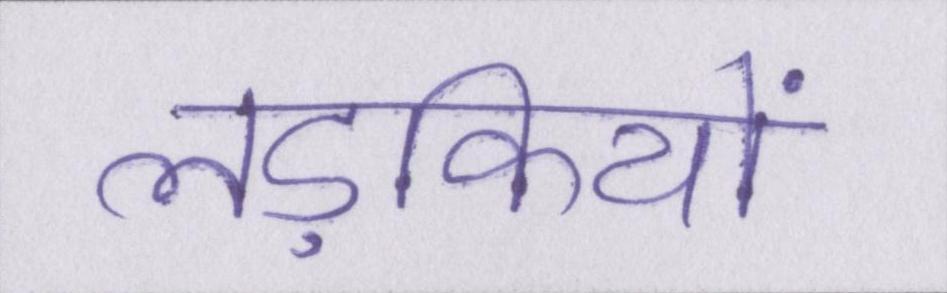
लड़कियों